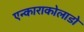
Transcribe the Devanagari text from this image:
एन्काराकोलाडो